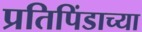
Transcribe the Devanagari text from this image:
प्रतिपिंडाच्या